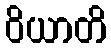
ဝိယာတိ